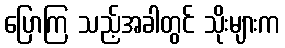
ပြောကြ သည့်အခါတွင် သိုးများက